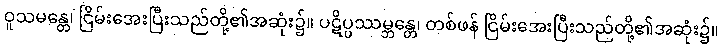
ဝူသမန္တေ၊ ငြိမ်းအေးပြီးသည်တို့၏အဆုံး၌။ ပဋိပ္ပဿမ္ဘန္တေ၊ တစ်ဖန် ငြိမ်းအေးပြီးသည်တို့၏အဆုံး၌။